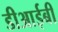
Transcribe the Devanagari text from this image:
डीआईबी